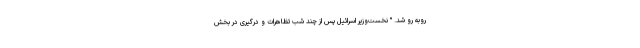
روبه رو شد. " نخست‌وزیر اسرائیل پس از چند شب تظاهرات و درگیری در بخش